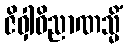
ဇိဝှါဝိညာဏသ္မိံ